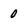
Character: 0